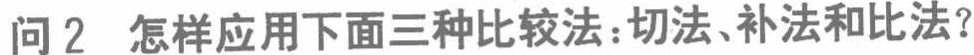
问 2 怎样应用下面三种比较法：切法、补法和比法？